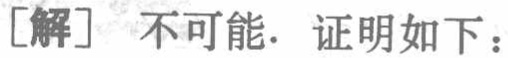
[解] 不可能. 证明如下：